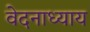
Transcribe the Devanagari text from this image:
वेदनाध्याय